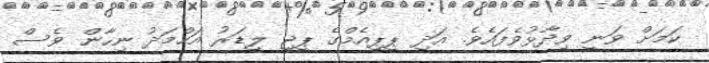
ކަމަށް ވަނީ ވިދާޅުވެފައެވެ. އަދި ޕީޕީއެމްގެ ޕީޖީ ލީޑަރު އަހްމަދު ނިހާން ވެސް